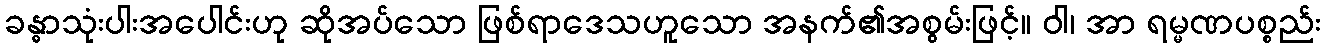
ခန္ဓာသုံးပါးအပေါင်းဟု ဆိုအပ်သော ဖြစ်ရာဒေသဟူသော အနက်၏အစွမ်းဖြင့်။ ဝါ၊ အာ ရမ္မဏပစ္စည်း